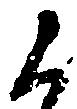
候